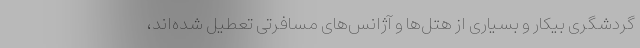
گردشگری بیکار و بسیاری از هتل‌ها و آژانس‌های مسافرتی تعطیل شده‌اند،